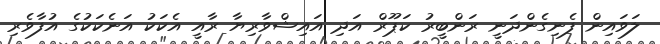
ލަވައިން ފެނިގެންދަނީ ރަންބީރު ކަޕޫރް އަދި އައިޝްވާރިޔާ ރާއީ އެކަކު އަނެކަކުގެ އުފާވެރި